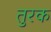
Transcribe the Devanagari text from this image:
तुरक